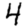
Digit: 4